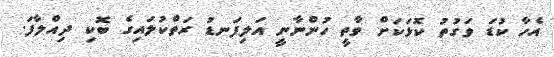
އެހާ ކުޑަ ވަގުތު ކޮޅަކަށް ވާތީ ހުންނާނީ އަލިފަނޑު ރަތްކުލައިގެ ބޮކި ދިއްލާފަ.